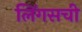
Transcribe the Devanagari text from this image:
लिंगसची